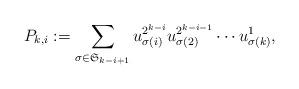
LaTeX: \begin{align*} P_{k,i}: =\sum_{\sigma\in \mathfrak{S}_{k-i+1}} u_{\sigma(i)}^{2^{k-i}}u_{\sigma(2)}^{2^{k-i-1}}\cdots u^1_{\sigma(k)}, \end{align*}